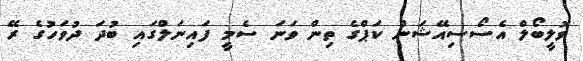
ވޮލީބޯލް އެސޯސިއޭޝަން ކަޕްގެ ތިން ވަނަ ސެމީ ފައިނަލްގައި ބުދަ ދުވަހުގެ ރޭ